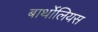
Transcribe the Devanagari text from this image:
बार्थोलियस